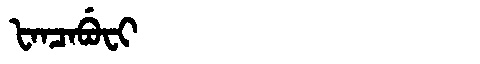
Manchu: ᡶᠠᠨᠴᠠᠪᡠᠸᡳ
Romanization: FANCABUFI